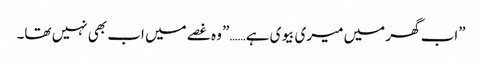
”اب گھر میں میری بیوی ہے……” وہ غصے میں اب بھی نہیں تھا۔